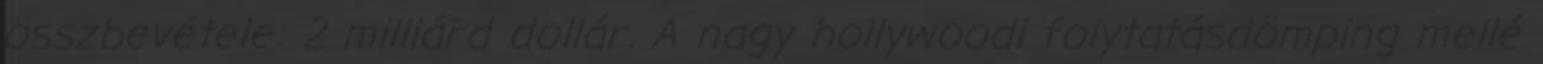
összbevétele: 2 milliárd dollár. A nagy hollywoodi folytatásdömping mellé